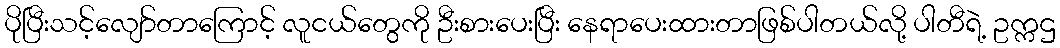
ပိုပြီးသင့်လျော်တာကြောင့် လူငယ်တွေကို ဦးစားပေးပြီး နေရာပေးထားတာဖြစ်ပါတယ်လို့ ပါတီရဲ့ ဥက္ကဌ